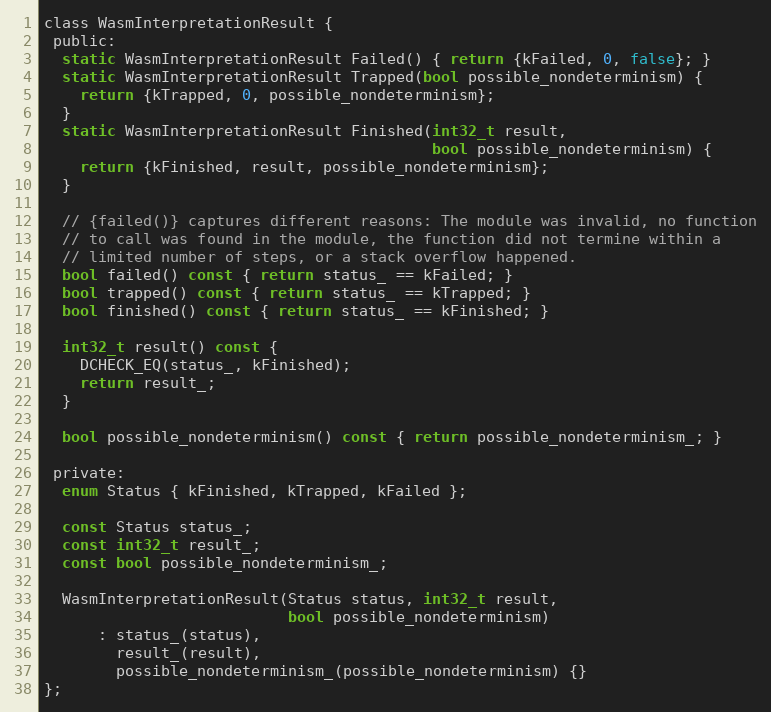
Language: C
class WasmInterpretationResult {
 public:
  static WasmInterpretationResult Failed() { return {kFailed, 0, false}; }
  static WasmInterpretationResult Trapped(bool possible_nondeterminism) {
    return {kTrapped, 0, possible_nondeterminism};
  }
  static WasmInterpretationResult Finished(int32_t result,
                                           bool possible_nondeterminism) {
    return {kFinished, result, possible_nondeterminism};
  }

  // {failed()} captures different reasons: The module was invalid, no function
  // to call was found in the module, the function did not termine within a
  // limited number of steps, or a stack overflow happened.
  bool failed() const { return status_ == kFailed; }
  bool trapped() const { return status_ == kTrapped; }
  bool finished() const { return status_ == kFinished; }

  int32_t result() const {
    DCHECK_EQ(status_, kFinished);
    return result_;
  }

  bool possible_nondeterminism() const { return possible_nondeterminism_; }

 private:
  enum Status { kFinished, kTrapped, kFailed };

  const Status status_;
  const int32_t result_;
  const bool possible_nondeterminism_;

  WasmInterpretationResult(Status status, int32_t result,
                           bool possible_nondeterminism)
      : status_(status),
        result_(result),
        possible_nondeterminism_(possible_nondeterminism) {}
};